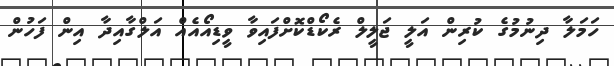
ހަމަލާ ދިނުމުގެ ކުރިން އަލީ ޖަލީލް ރެކޯޑްކޮށްފައިވާ ވީޑިއޯއެއް އަލްގާއިދާ އިން ފަހުން